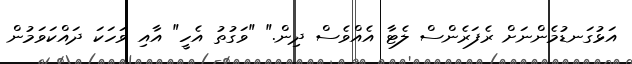
އަޅުގަނޑުމެންނަށް ރެފަރެންސް ލެޓާ އެއްވެސް ދިން." "ވަގުތު އެހީ" އާއި ވަހަކަ ދައްކަވަމުން